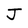
Character: J